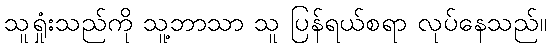
သူရှုံးသည်ကို သူ့ဘာသာ သူ ပြန်ရယ်စရာ လုပ်နေသည်။